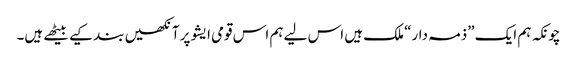
چونکہ ہم ایک ”ذمہ دار“ ملک ہیں اس لیے ہم اس قومی ایشو پرآنکھیں بند کیے بیٹھے ہیں۔